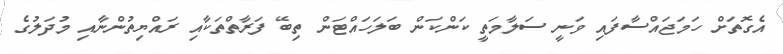
އެގޮތަށް ހަމަޖައްސާފައި ވަނީ ސަލާމަތީ ކަންކަން ބަލަހައްޓަން ތިބޭ ފަރާތްތަކާއި ރައްޔިތުންނާއި މުދަލުގެ